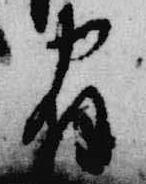
宿